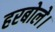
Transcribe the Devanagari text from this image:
हरबोले।